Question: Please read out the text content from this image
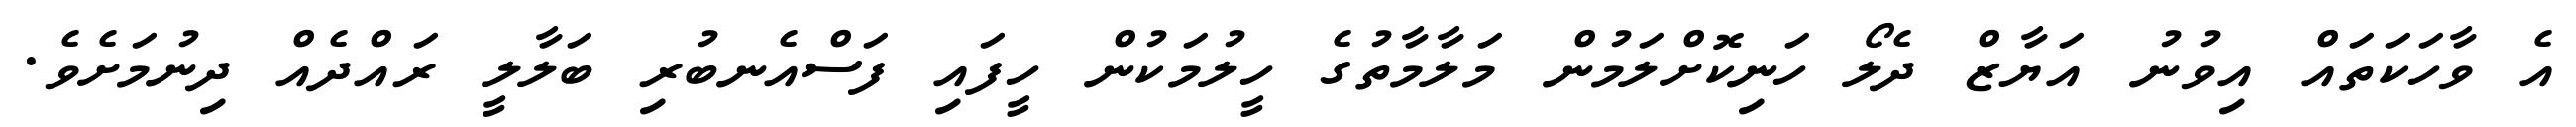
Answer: އެ ވާހަކަތައް އިވުނު އަޔާޒް ދެލޯ ހަނިކޮށްލަމުން މަލާމާތުގެ ހީލުމަކުން ހީފައި ފަސްއެނބުރި ބަލާލީ ރައްދެއް ދިނުމަށެވެ.